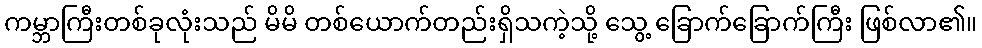
ကမ္ဘာကြီးတစ်ခုလုံးသည် မိမိ တစ်ယောက်တည်းရှိသကဲ့သို့ သွေ့ ခြောက်ခြောက်ကြီး ဖြစ်လာ၏။